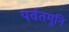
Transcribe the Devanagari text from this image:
पर्वतमुनि